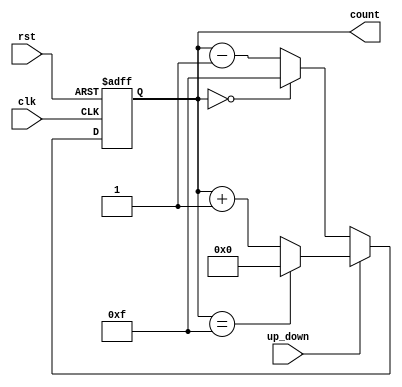
module UpDownCounter (
    input wire clk,          // Clock input
    input wire rst,          // Asynchronous reset
    input wire up_down,      // Up/Down control signal
    output reg [N-1:0] count // Count output (N bits wide)
);
    parameter N = 4; // Define the width of the counter (number of bits)

    // Asynchronous reset and counting logic
    always @(posedge clk or posedge rst) begin
        if (rst) begin
            count <= 0; // Reset the counter to zero
        end else begin
            if (up_down) begin
                // Count up
                if (count == (2**N - 1)) begin
                    count <= 0; // Wrap around to zero
                end else begin
                    count <= count + 1; // Increment the counter
                end
            end else begin
                // Count down
                if (count == 0) begin
                    count <= (2**N - 1); // Wrap around to maximum value
                end else begin
                    count <= count - 1; // Decrement the counter
                end
            end
        end
    end
endmodule